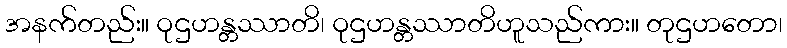
အနက်တည်း။ ဝုဌဟန္တဿာတိ၊ ဝုဌဟန္တဿာတိဟူသည်ကား။ တုဌဟတော၊